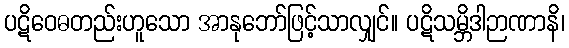
ပဋိဝေဓတည်းဟူသော အာနုဘော်ဖြင့်သာလျှင်။ ပဋိသမ္ဘိဒါဉာဏာနိ၊